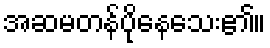
အဆမတန်ပိုနေသေး၏။